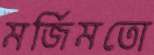
মর্জিমতো